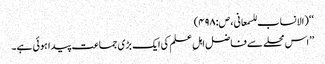
‘‘ (الانساب للسمعانی، ص:۴۹۸)
’’اس محلے سے فاضل اہلِ علم کی ایک بڑی جماعت پیدا ہوئی ہے۔